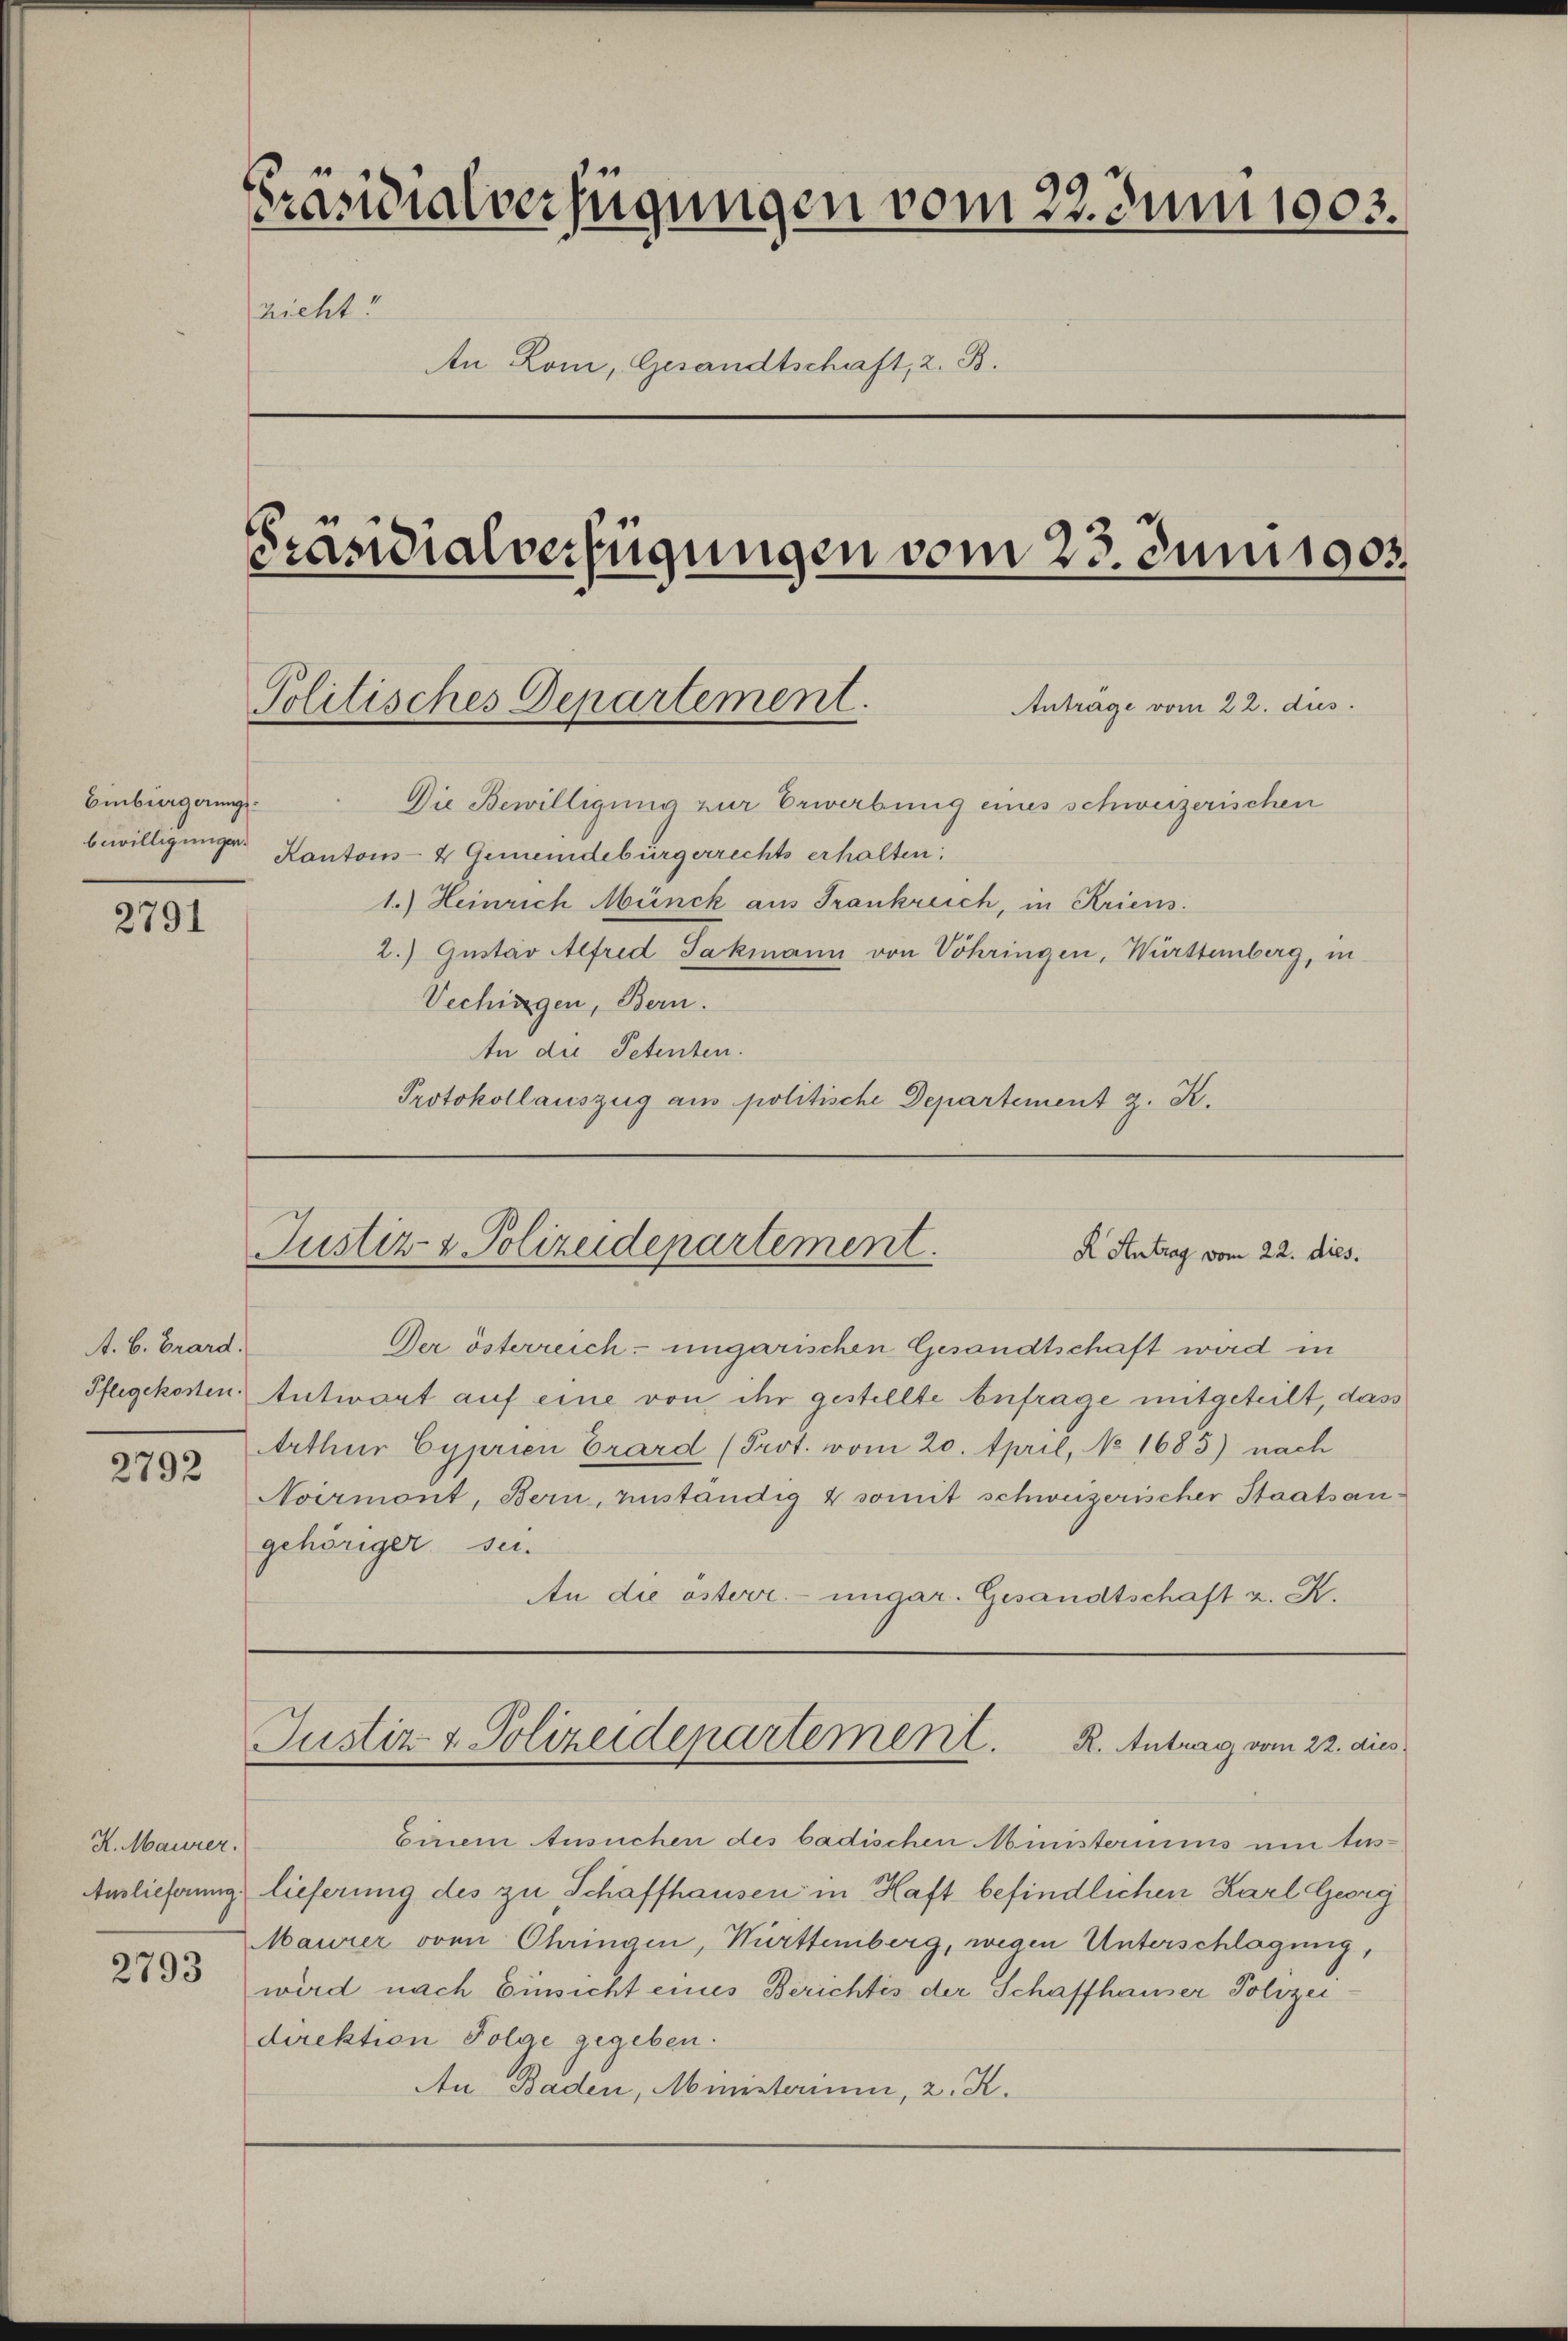
Einbürgerungs¬

2791

A. B. Brand.
Pflegekosten.

2792

K. Maurer.
Auslieferung.

2793

Präsidialverfügungen vom 22. Juni 1903.
zicht
An Lom, Gesandtschaft, 2. B.
Präsidialverfügungen vom 23. Juniigor

Politisches Departement.
Anträge vom 22. dies

Die Bewilligung zur Erwerbung eines schweizerischen
bewilligungen Kantons- & Gemeindebürgerrechts erhalten;
1.) Heinrich Münck aus Frankreich, in Kriens.
2.) Gustav Alfred Jakmann von Vöhringen, Württemberg, in
Vechingen, Bern.
An die Petenten.
Protokollauszug aus politische Departement z. K.

Justiz- & Polizeidepartement.
K Antrag vom 22. dies.

Noirmont, Bern, anständig & somit schweizerischer Staatsangehöriger sei.

Der österreich- ungarischen Gesandtschaft wird in
ntwort auf eine von ihr gestellte Anfrage mitgeteilt, dass
Arthur Cyprien Crard (Prot. vom 20. April, No 1685) nach
An die österr. ungar. Gesandtschaft z. K.
Justiz & Polizeidepartement. R. Antrag vom 22. dies
Einem Ansuchen des badischen Ministerius um tes-
lieferung des zu Schaffhausen in Haft befindlichen Karl Georg
Maurer von Chringen, Württemberg, wegen Unterschlagung,
wird nach Einsicht eines Berichtes der Schaffhauser Polizeidirektion Folge gegeben.
An Baden, Munsterium, 2. K.